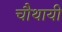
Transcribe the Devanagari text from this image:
चौथायी